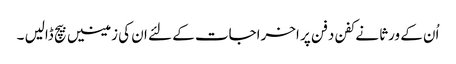
اُن کے ورثا نے کفن دفن پر اخراجات کے لئے ان کی زمینیں بیچ ڈالیں ۔